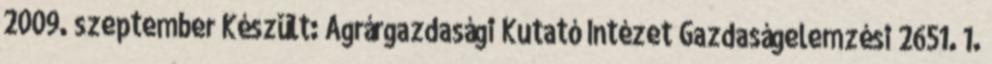
2009. szeptember Készült: Agrárgazdasági Kutató Intézet Gazdaságelemzési 2651. 1.